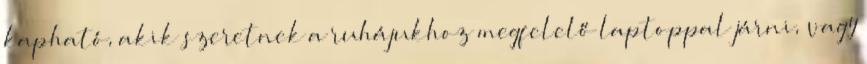
kapható, akik szeretnek a ruhájukhoz megfelelő laptoppal járni, vagy